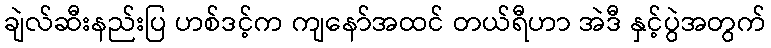
ချဲလ်ဆီးနည်းပြ ဟစ်ဒင့်က ကျနော်အထင် တယ်ရီဟာ အဲဒီ နှင့်ပွဲအတွက်